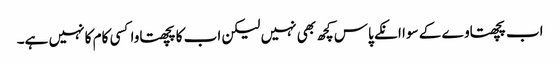
اب پچھتاوے کے سوا انکے پاس کچھ بھی نہیں لیکن اب کا پچھتاوا کسی کام کا نہیں ہے۔